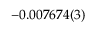
- 0 . 0 0 7 6 7 4 ( 3 )